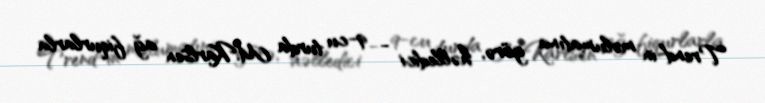
Trend-in məlumatına görə, həlledici - 9-cu turda M.Karlsen ağ fiqurlarla